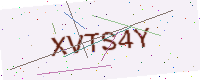
Text: XVTS4Y